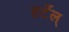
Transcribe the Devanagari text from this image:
हर्टेल्